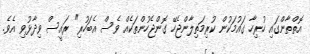
އޮތްތާންގައި ހުރިހާ ގައުމަކުން ކުރިމަތިލާންޖެހޭ ގޮންޖެހުންތަކެއް ވެސް އެބަހުރި" ރައީސް ވިދާޅުވި އެވެ.